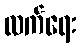
လက်ရေး